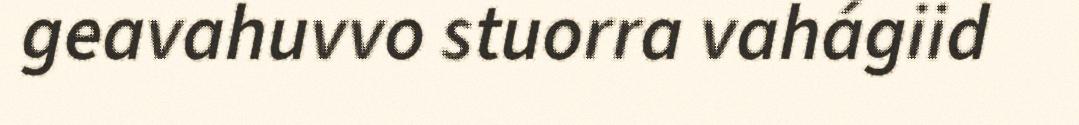
geavahuvvo stuorra vahágiid